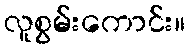
လူစွမ်းကောင်း။